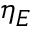
\eta _ { E }